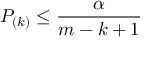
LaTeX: P _ { ( k ) } \leq { \frac { \alpha } { m - k + 1 } }